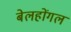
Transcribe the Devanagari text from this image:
बेलहोंगल